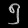
Digit: ၅